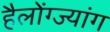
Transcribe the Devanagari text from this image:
हैलोंग्ज्यांग